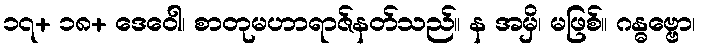
၁၇+ ၁၈+ ဒေဝေါ၊ စာတုမဟာရာဇ်နတ်သည်။ န အမှိ၊ မဖြစ်။ ဂန္ဓဗ္ဗော၊